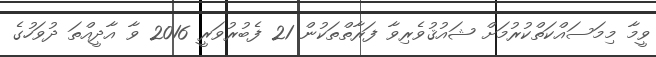
ވީމާ މިމަސައްކަތްކުރުމަށް ޝައުޤުވެރިވާ ފަރާތްތަކުން 21 ފެބުރުވަރީ 2016 ވާ އާދީއްތަ ދުވަހުގެ